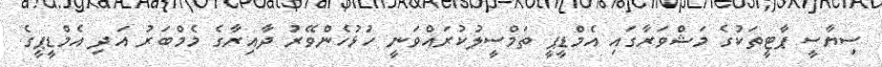
ސިޔާސީ ޕާޓީތަކުގެ މަޝްވަރާގައި އެމްޑީޕީ ތަމްސީލުކުރައްވަނީ ހުޅުހެންވޭރު ދާއިރާގެ މެމްބަރު އަދި އެމްޑީޕީގެ